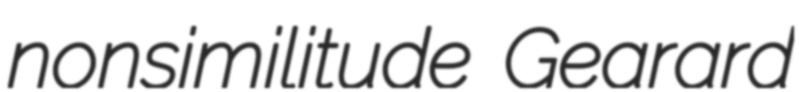
nonsimilitude Gearard